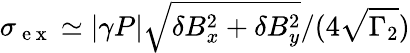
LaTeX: \sigma_{\mathrm{~e~x~}}\simeq\left|\gamma P\right|\sqrt{\delta B_{x}^{2}+\delta B_{y}^{2}}/(4\sqrt{\Gamma_{2}})